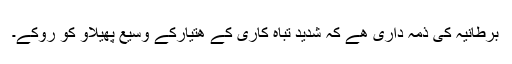
برطانيہ کی ذمہ داری ھے کہ شديد تباہ کاری کے ھتيارکے وسيع پھيلاو کو روکے۔